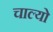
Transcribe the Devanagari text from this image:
चाल्‍यो